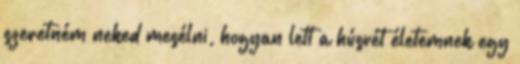
szeretném neked mesélni, hogyan lett a húsvét életemnek egy